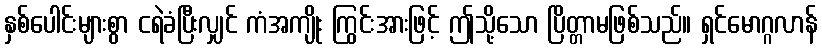
နှစ်ပေါင်းများစွာ ငရဲခံပြီးလျှင် ကံအကျိုး ကြွင်းအားဖြင့် ဤသို့သော ပြိတ္တာမဖြစ်သည်။ ရှင်မောဂ္ဂလာန်